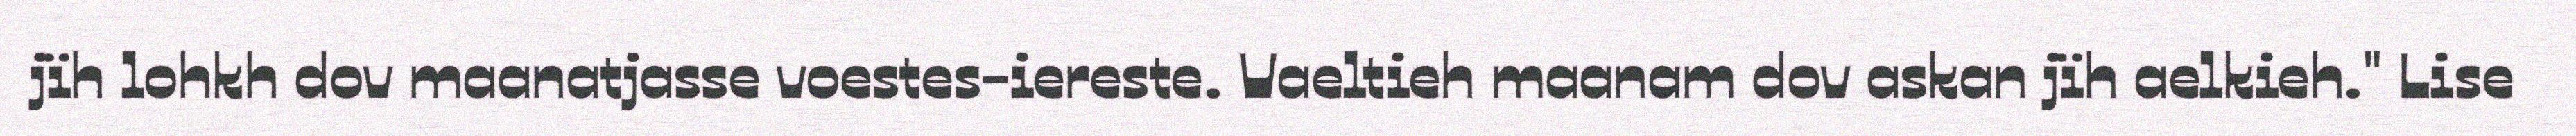
jïh lohkh dov maanatjasse voestes-iereste. Vaeltieh maanam dov askan jïh aelkieh." Lise